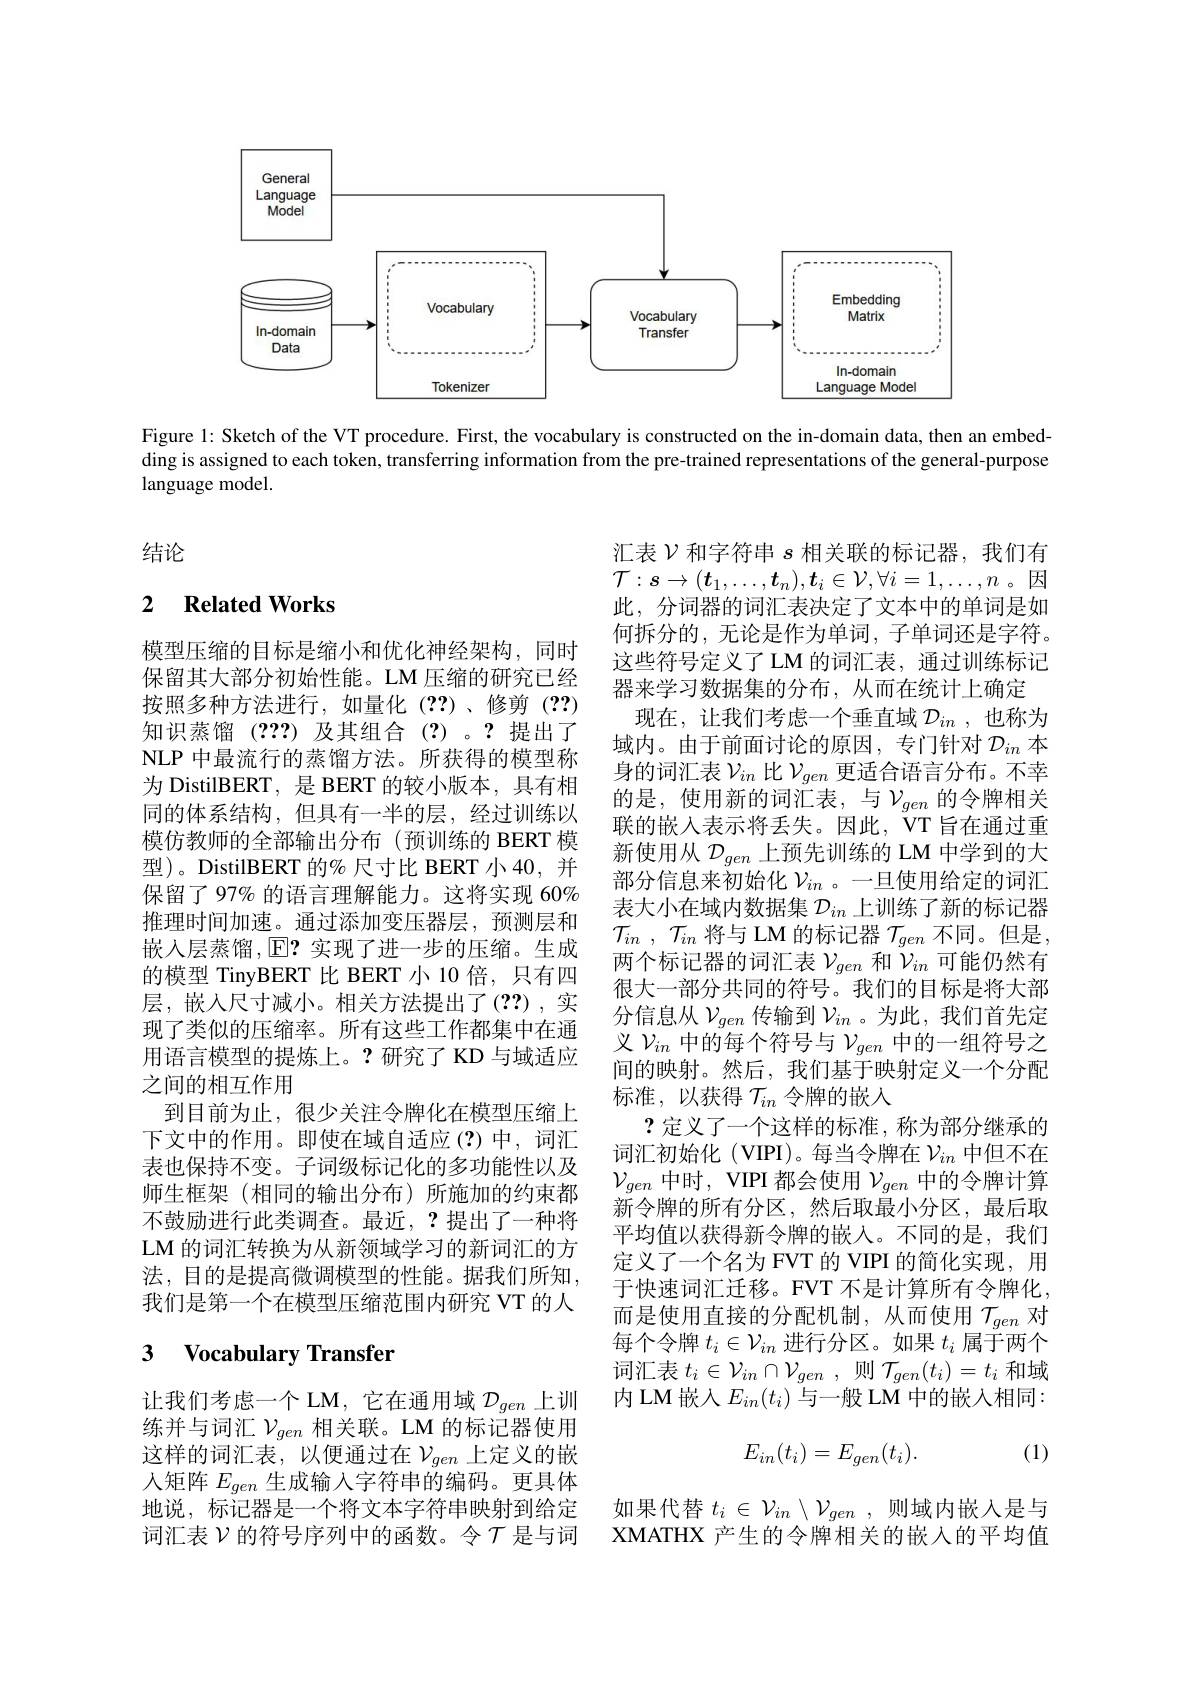
<FigureHere>

Figure 1: Sketch of the VT procedure. First, the vocabulary is constructed on the in-domain data, then an embedding is assigned to each token, transferring information from the pre-trained representations of the general-purpose language model.

结论

### 2 $\textbf{Related Works}$

模型压缩的目标是缩小和优化神经架构，同时保留其大部分初始性能。LM 压缩的研究已经按照多种方法进行，如量化(??)、修剪(??) 知识蒸馏(???)及其组合(?)。?提出了NLP 中最流行的蒸馏方法。所获得的模型称为 DistilBERT, 是 BERT 的较小版本，具有相同的体系结构，但具有一半的层，经过训练以模仿教师的全部输出分布(预训练的 BERT 模型)。DistilBERT 的% 尺寸比 BERT 小 40, 并保留了 97% 的语言理解能力。这将实现 60% 推理时间加速。通过添加变压器层，预测层和嵌入层蒸馏$,\operatorname{E}\mathbf{?}$ 实现了进一步的压缩。生成的模型 TinyBERT 比 BERT 小 10 倍，只有四层，嵌入尺寸减小。相关方法提出了(??),实现了类似的压缩率。所有这些工作都集中在通用语言模型的提炼上。?研究了 KD 与域适应之间的相互作用
到目前为止，很少关注令牌化在模型压缩上下文中的作用。即使在域自适应(?)中，词汇表也保持不变。子词级标记化的多功能性以及师生框架(相同的输出分布)所施加的约束都不鼓励进行此类调查。最近，?提出了一种将LM 的词汇转换为从新领域学习的新词汇的方法，目的是提高微调模型的性能。据我们所知， 我们是第一个在模型压缩范围内研究 VT 的人

汇表$\mathcal{V}$和字符串$s$相关联的标记器，我们有$\mathcal{T}:s\to(\boldsymbol{t}_1,\ldots,\boldsymbol{t}_n),\boldsymbol{t}_i\in\mathcal{V},\forall i=1,\ldots,n$。因此，分词器的词汇表决定了文本中的单词是如何拆分的，无论是作为单词，子单词还是字符。这些符号定义了 LM 的词汇表，通过训练标记器来学习数据集的分布，从而在统计上确定
现在，让我们考虑一个垂直域$\mathcal{D} _{in}$ ,也称为域内。由于前面讨论的原因，专门针对$\mathcal{D}_in$本身的词汇表$\mathcal{V}_{in}$比$\mathcal{V}_{gen}$更适合语言分布。不幸的是，使用新的词汇表，与$\mathcal{V}_gen$ 的令牌相关联的嵌入表示将丢失。因此，VT 旨在通过重新使用从$\mathcal{D}_{gen}$上预先训练的 LM 中学到的大部分信息来初始化$\mathcal{V}_in$ 。一旦使用给定的词汇表大小在域内数据集$\mathcal{D}_in$上训练了新的标记器$\mathcal{T} _{in}$ , $\mathcal{T} _{in}$将与 LM 的标记器$\mathcal{T}_gen$不同。但是两个标记器的词汇表$\mathcal{V}_{gen}$和$\mathcal{V}_{in}$可能仍然有很大一部分共同的符号。我们的目标是将大部分信息从$\mathcal{V}_gen$传输到$\mathcal{V}_in$ 。为此，我们首先定义$\mathcal{V}_{in}$中的每个符号与$\mathcal{V}_gen$中的一组符号之间的映射。然后，我们基于映射定义一个分配标准，以获得$\mathcal{T}_in$令牌的嵌入
?定义了一个这样的标准，称为部分继承的词汇初始化 (VIPI)。每当令牌在$\nu_{in}$中但不在$\mathcal{V}_{gen}$中时，VIPI 都会使用$\mathcal{V}_{gen}$中的令牌计算新令牌的所有分区，然后取最小分区，最后取平均值以获得新令牌的嵌入。不同的是，我们定义了一个名为 FVT 的 VIPI 的简化实现，用于快速词汇迁移。FVT 不是计算所有令牌化， 而是使用直接的分配机制，从而使用$\mathcal{T}_gen$ 对每个令牌$t_i\in\mathcal{V}_{in}$进行分区。如果$t_i$属于两个词汇表$t_i\in\mathcal{V}_{in}\cap\mathcal{V}_{gen}$,则$\mathcal{T}_gen(t_i)=t_i$和域内 LM 嵌入$E_{in}(t_i)$与一般 LM 中的嵌入相同：
$$E_{in}(t_i)=E_{gen}(t_i).$$
## 3 $\textbf{Vocabulary Transfer}$

(1)

让我们考虑一个 LM, 它在通用域$\mathcal{D}_{gen}$上训练并与词汇$\mathcal{V}_{gen}$相关联。LM 的标记器使用这样的词汇表，以便通过在$\mathcal{V}_gen$上定义的嵌人矩阵$E_{gen}$生成输入字符串的编码。更具体地说，标记器是一个将文本字符串映射到给定词汇表$\mathcal{V}$的符号序列中的函数。令$\mathcal{T}$是与词

如果代替$t_i\in\mathcal{V}_{in}\setminus\mathcal{V}_{gen}$,则域内嵌入是与XMATHX 产生的令牌相关的嵌入的平均值